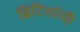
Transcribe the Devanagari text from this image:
ब्रिटिशांची